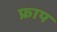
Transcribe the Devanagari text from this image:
फ्राप